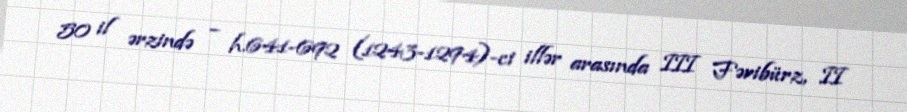
50 il ərzində – h.641-692 (1243-1294)-ci illər arasında III Fəribürz, II